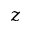
z